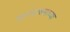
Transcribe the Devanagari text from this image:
आनंदाश्रमाच्या